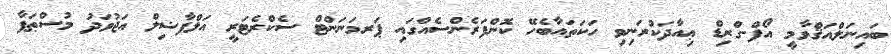
ބައިނަލްއަޤްވާމީ އޯފް-ގްރިޑް ޢިއާދަކުރަނިވި ހަކަތައާބެހޭ ކޮންފަރެންސެއްގައި ޕަރމަނަންޓް ސެކްރެޓަރީ އަލްފާޟިލް އަޖުވަދު މުސްޠަފާ